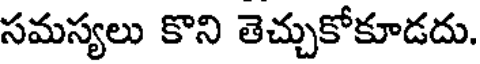
సమస్యలు కొని తెచ్చుకోకూడదు.